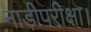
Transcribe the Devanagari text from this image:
नाड़ीपरीक्षा।